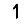
Digit: 1